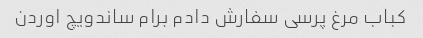
کباب مرغ پرسی سفارش دادم برام ساندویچ اوردن